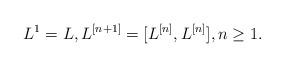
LaTeX: \begin{align*}L^1=L,L^{[n+1]}=[L^{[n]},L^{[n]}], n \geq 1.\end{align*}